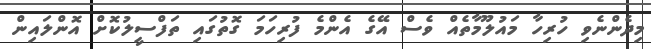
މިދެންނެވި ހުރިހާ މައުލޫމާތެއް ވެސް އޭގެ އެންމެ ފުރިހަމަ ގޮތުގައި ތަފްސީލުކޮށް އޮންލައިން